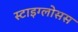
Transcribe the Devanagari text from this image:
स्टाइग्लोसस